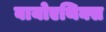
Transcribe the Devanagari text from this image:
बायोएथिक्स